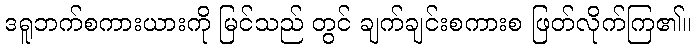
ဒရူဘက်စကားယားကို မြင်သည် တွင် ချက်ချင်းစကားစ ဖြတ်လိုက်ကြ၏။